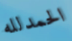
الحمدلله